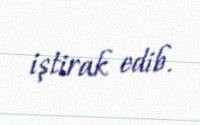
iştirak edib.